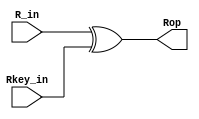
module IAdd_round_keyr (R_in, Rkey_in, Rop);

input  [0:127] R_in, Rkey_in;
output [0:127] Rop;

assign Rop = R_in^Rkey_in;

endmodule